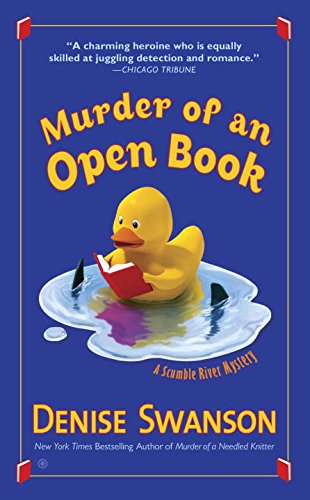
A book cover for Murder of an Open Book: A Scumble River Mystery; Denise Swanson; Mystery, Thriller & Suspense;